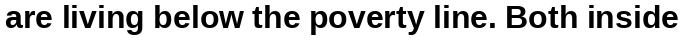
are living below the poverty line. Both inside